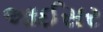
આઈસર